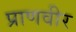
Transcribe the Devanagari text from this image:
प्राणवीर